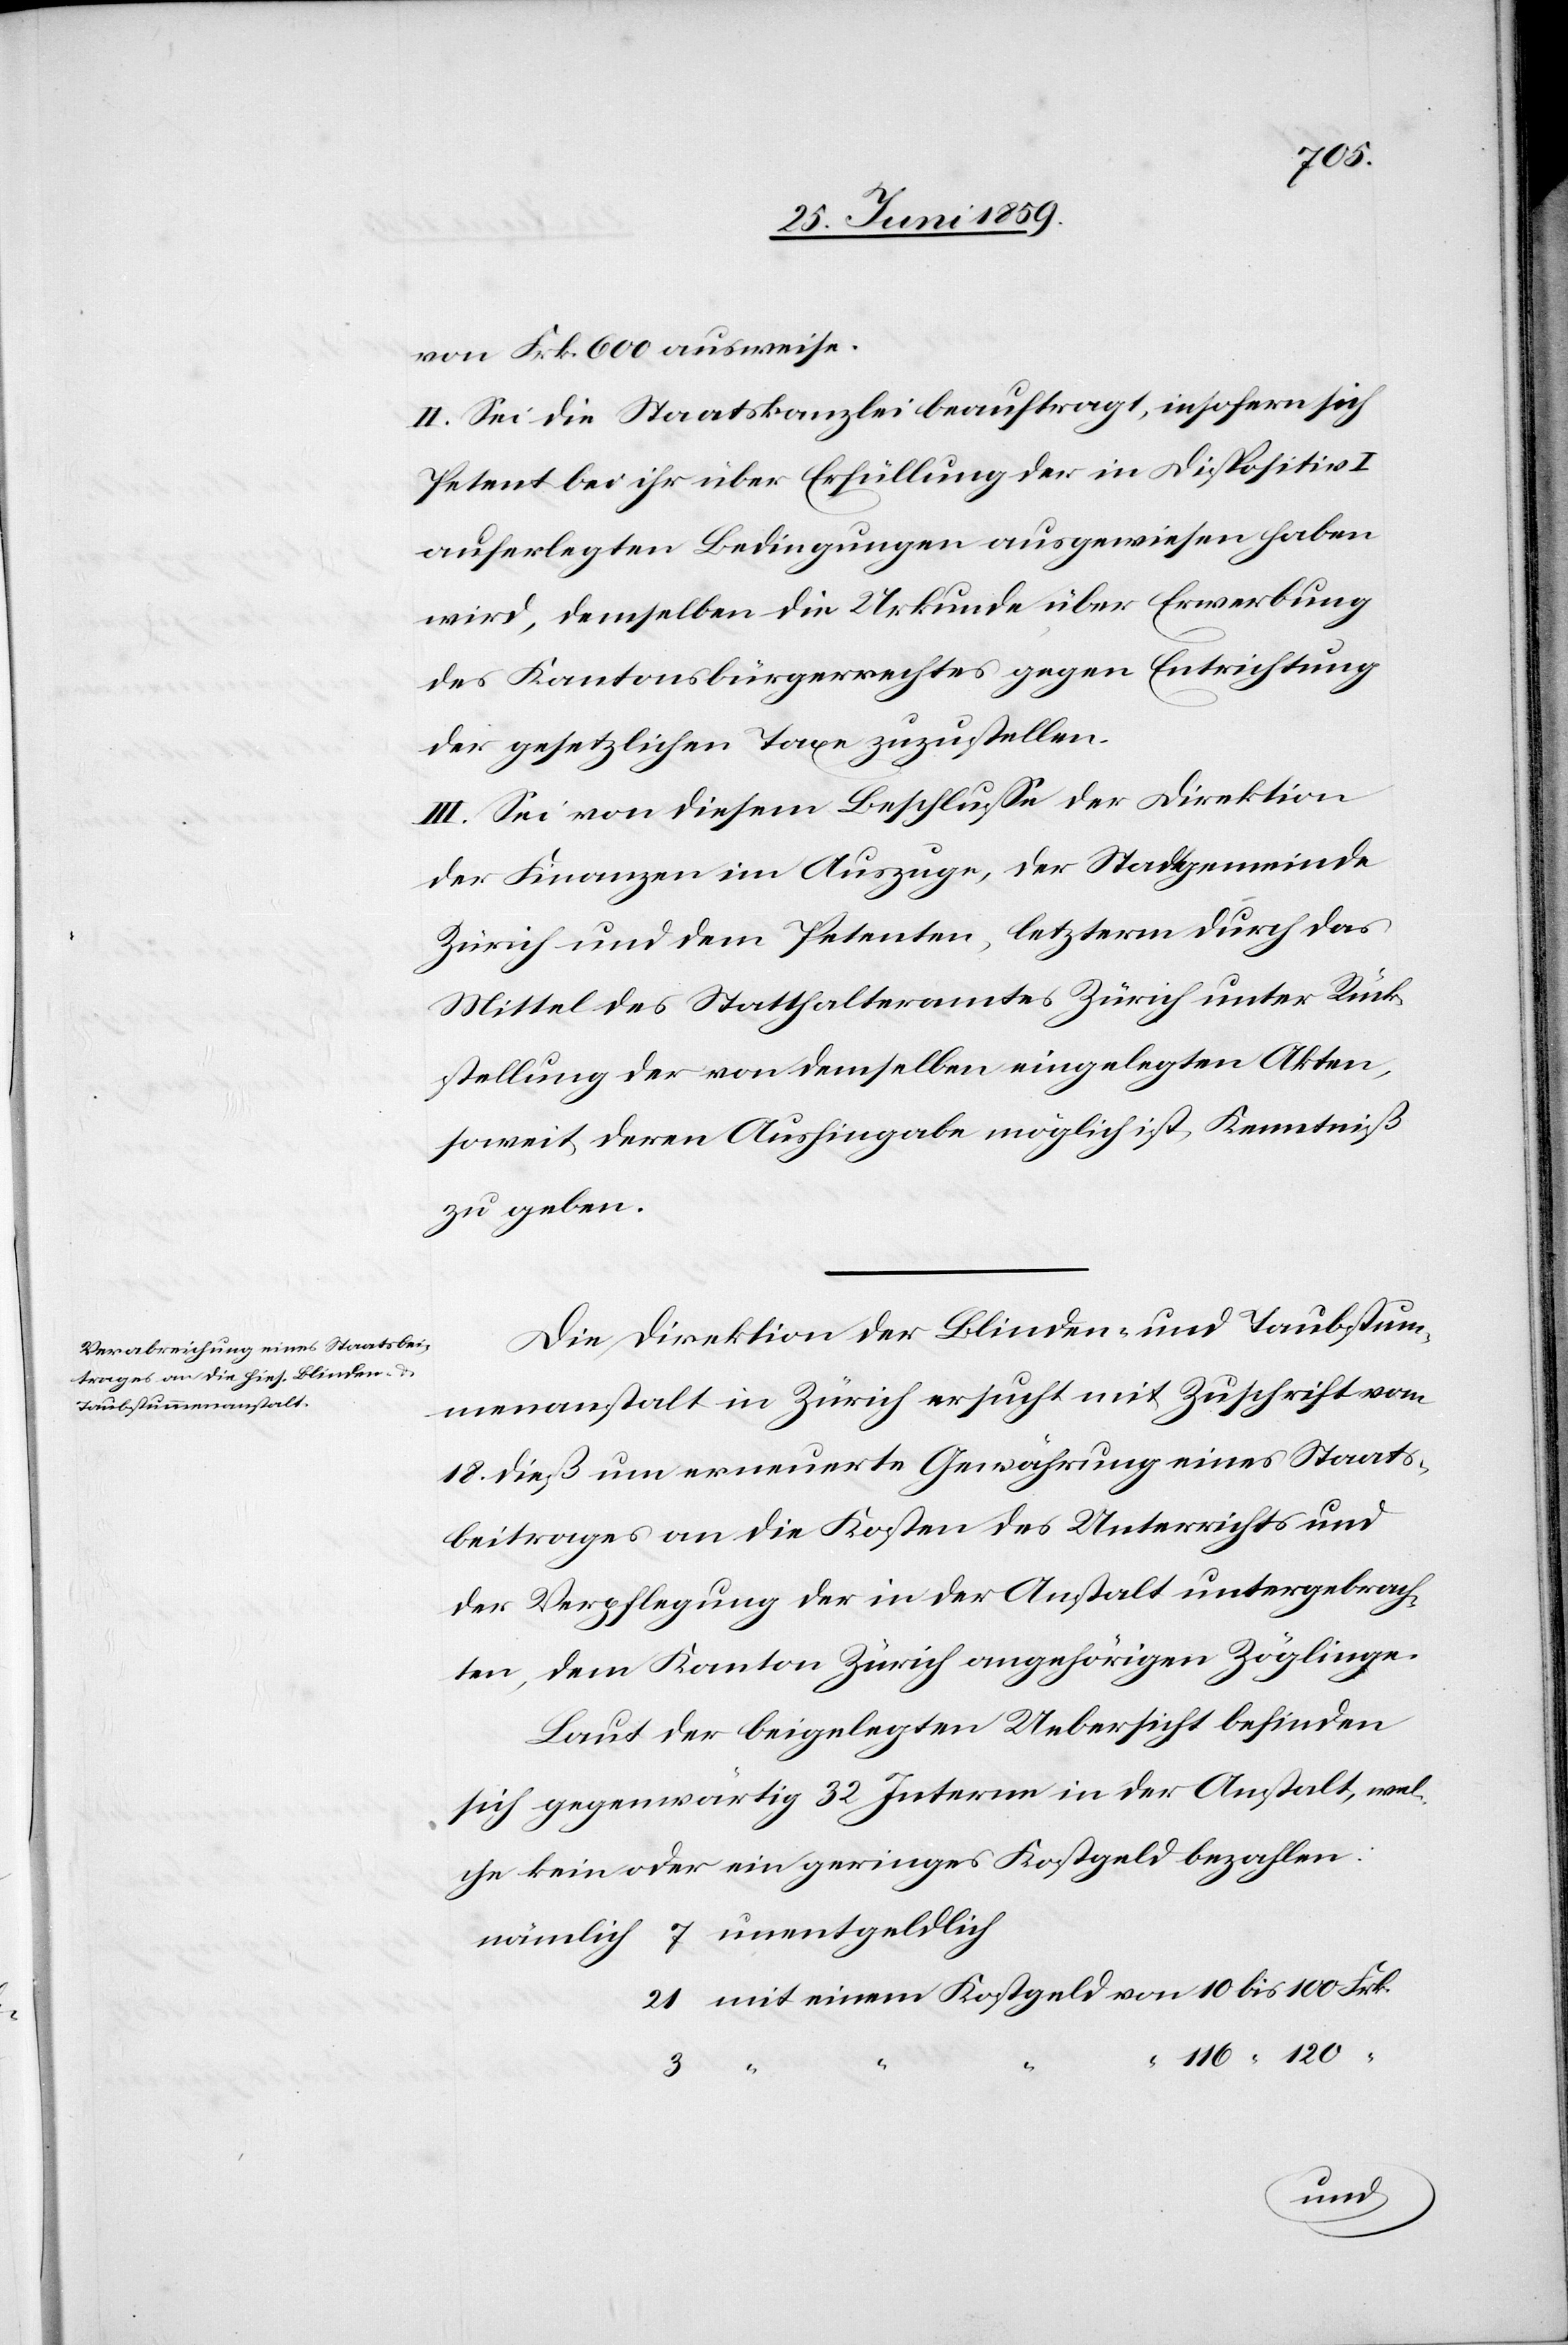
von Frk. 600 ausweise.
II. Sei die Staatskanzlei beauftragt, insofern sich
Petent bei ihr über Erfüllung der in Dispositiv
auferlegten Bedingungen ausgewiesen haben
wird, demselben die Urkunde über Erwerbung
des Kantonsbürgerrechtes gegen Entrichtung
der gesetzlichen Taxen zuzustellen.
III. Sei von diesem Beschlusse der Direktion
der Finanzen im Auszuge, der Stadtgemeinde
Zürich und dem Petenten, letzterm durch das
Mittel des Statthalteramtes Zürich unter Rück¬
stellung der von demselben eingelegten Akten,
soweit deren Aushingabe möglich ist, Kenntniß
zu geben.
Die Direktion der Blinden- und Taubstum¬
menanstalt in Zürich ersucht mit Zuschrift vom
18. dieß um erneuerte Gewährung eines Staats¬
beitrages an die Kosten des Unterrichts und
der Verpflegung der in der Anstalt untergebrach¬
ten, dem Kanton Zürich angehörigen Zöglinge.
Laut der beigelegten Uebersicht befinden
sich gegenwärtig 32 Interne in der Anstalt, wel¬
che kein oder ein geringes Kostgeld bezahlen:
nämlich 7 unentgeldlich
21 mit einem Kostgeld von 10 bis 100 Frk.
116 “ 120 “